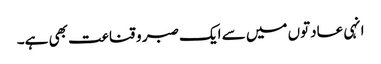
انہی عادتوں میں سے ایک صبر و قناعت بھی ہے۔